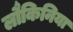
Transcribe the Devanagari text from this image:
लौकिनिया